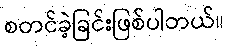
စတင်ခဲ့ခြင်းဖြစ်ပါတယ်။